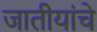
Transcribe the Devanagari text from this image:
जातीयांचे